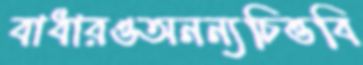
বাধারওঅনন্যচিত্তবি